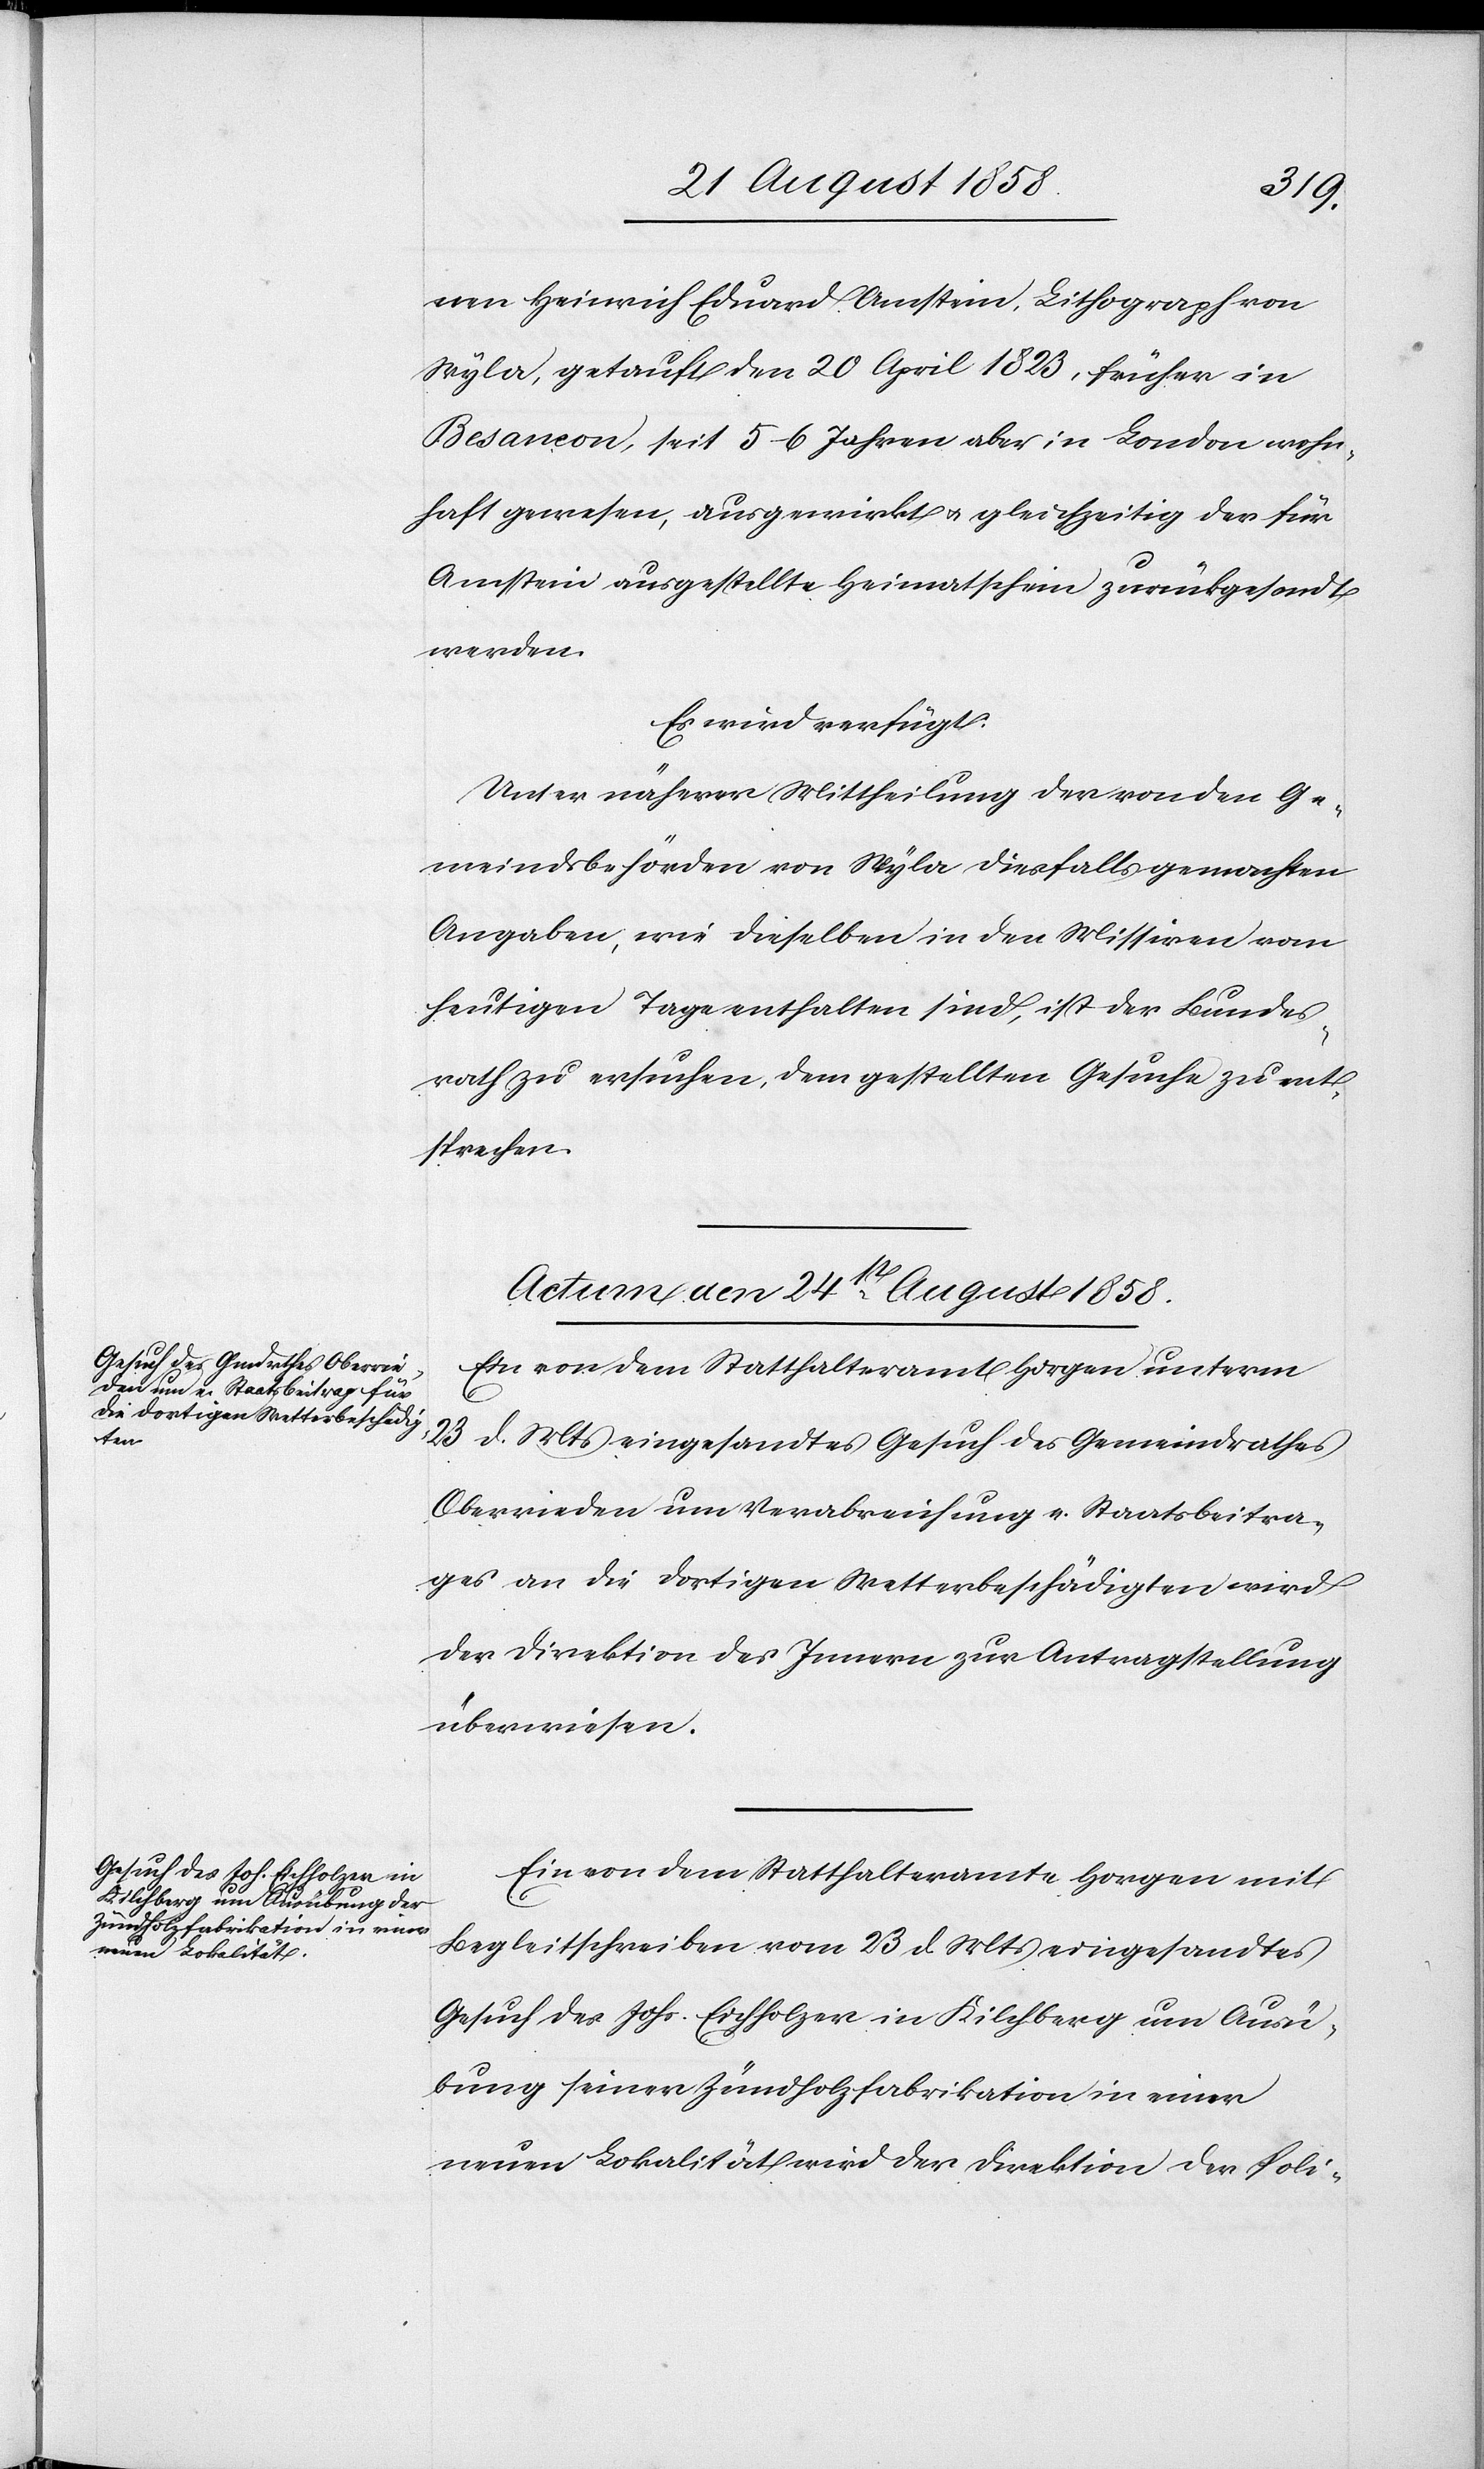
nen Heinrich Eduard Amstein, Lithograph von
Wyla, getauft den 20 April 1823, früher in
Besançon, seit 5–6 Jahren aber in London wohn¬
haft gewesen, ausgewirkt & gleichzeitig der für
Amstein ausgestellte Heimatschein zurückgesandt
werden.
Es wird verfügt:
Unter näherer Mittheilung der von den Ge¬
meindsbehörden von Wyla diesfalls gemachten
Angaben, wie dieselben in den Missiven vom
heutigen Tage enthalten sind, ist der Bundes¬
rath zu ersuchen, dem gestellten Gesuche zu ent¬
sprechen.
Actum den 24st August 1858.]
Ein von dem Statthalteramt Horgen unterm
23 d. Mts eingesandtes Gesuch des Gemeindrathes
Oberrieden um Verabreichung e. Staatsbeitra¬
ges an die dortigen Wetterbeschädigten wird
der Direktion des Innern zur Antragstellung
überwiesen.
Ein von dem Statthalteramte Horgen mit
Begleitschreiben vom 23 d. Mts eingesandtes
Gesuch des Johs. Eichholzer in Kilchberg um Ausü¬
bung seiner Zündholzfabrikation in einer
neuen Lokalität wird der Direktion der Poli-